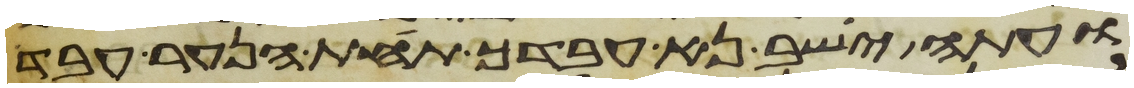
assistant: ועתה ישב נא עבדך תחת הנער עבד